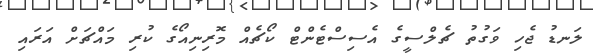
ލަނޑު ޖެހި ވަގުތު ޗެލްސީގެ އެސިސްޓެންޓް ކޯޗެއް މޮރިނިއޯގެ ކުރި މައްޗަށް އަރައި